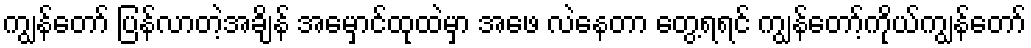
ကျွန်တော် ပြန်လာတဲ့အချိန် အမှောင်ထုထဲမှာ အဖေ လဲနေတာ တွေ့ရရင် ကျွန်တော့်ကိုယ်ကျွန်တော်